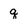
Character: q